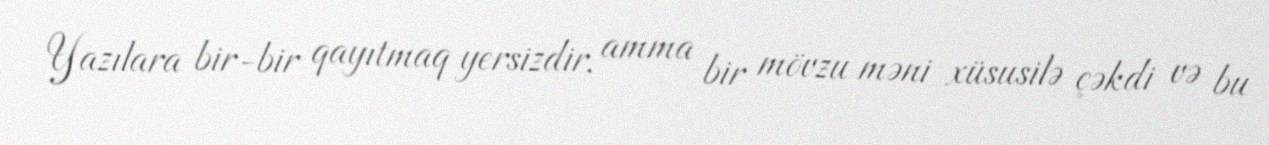
Yazılara bir-bir qayıtmaq yersizdir, amma bir mövzu məni xüsusilə çəkdi və bu